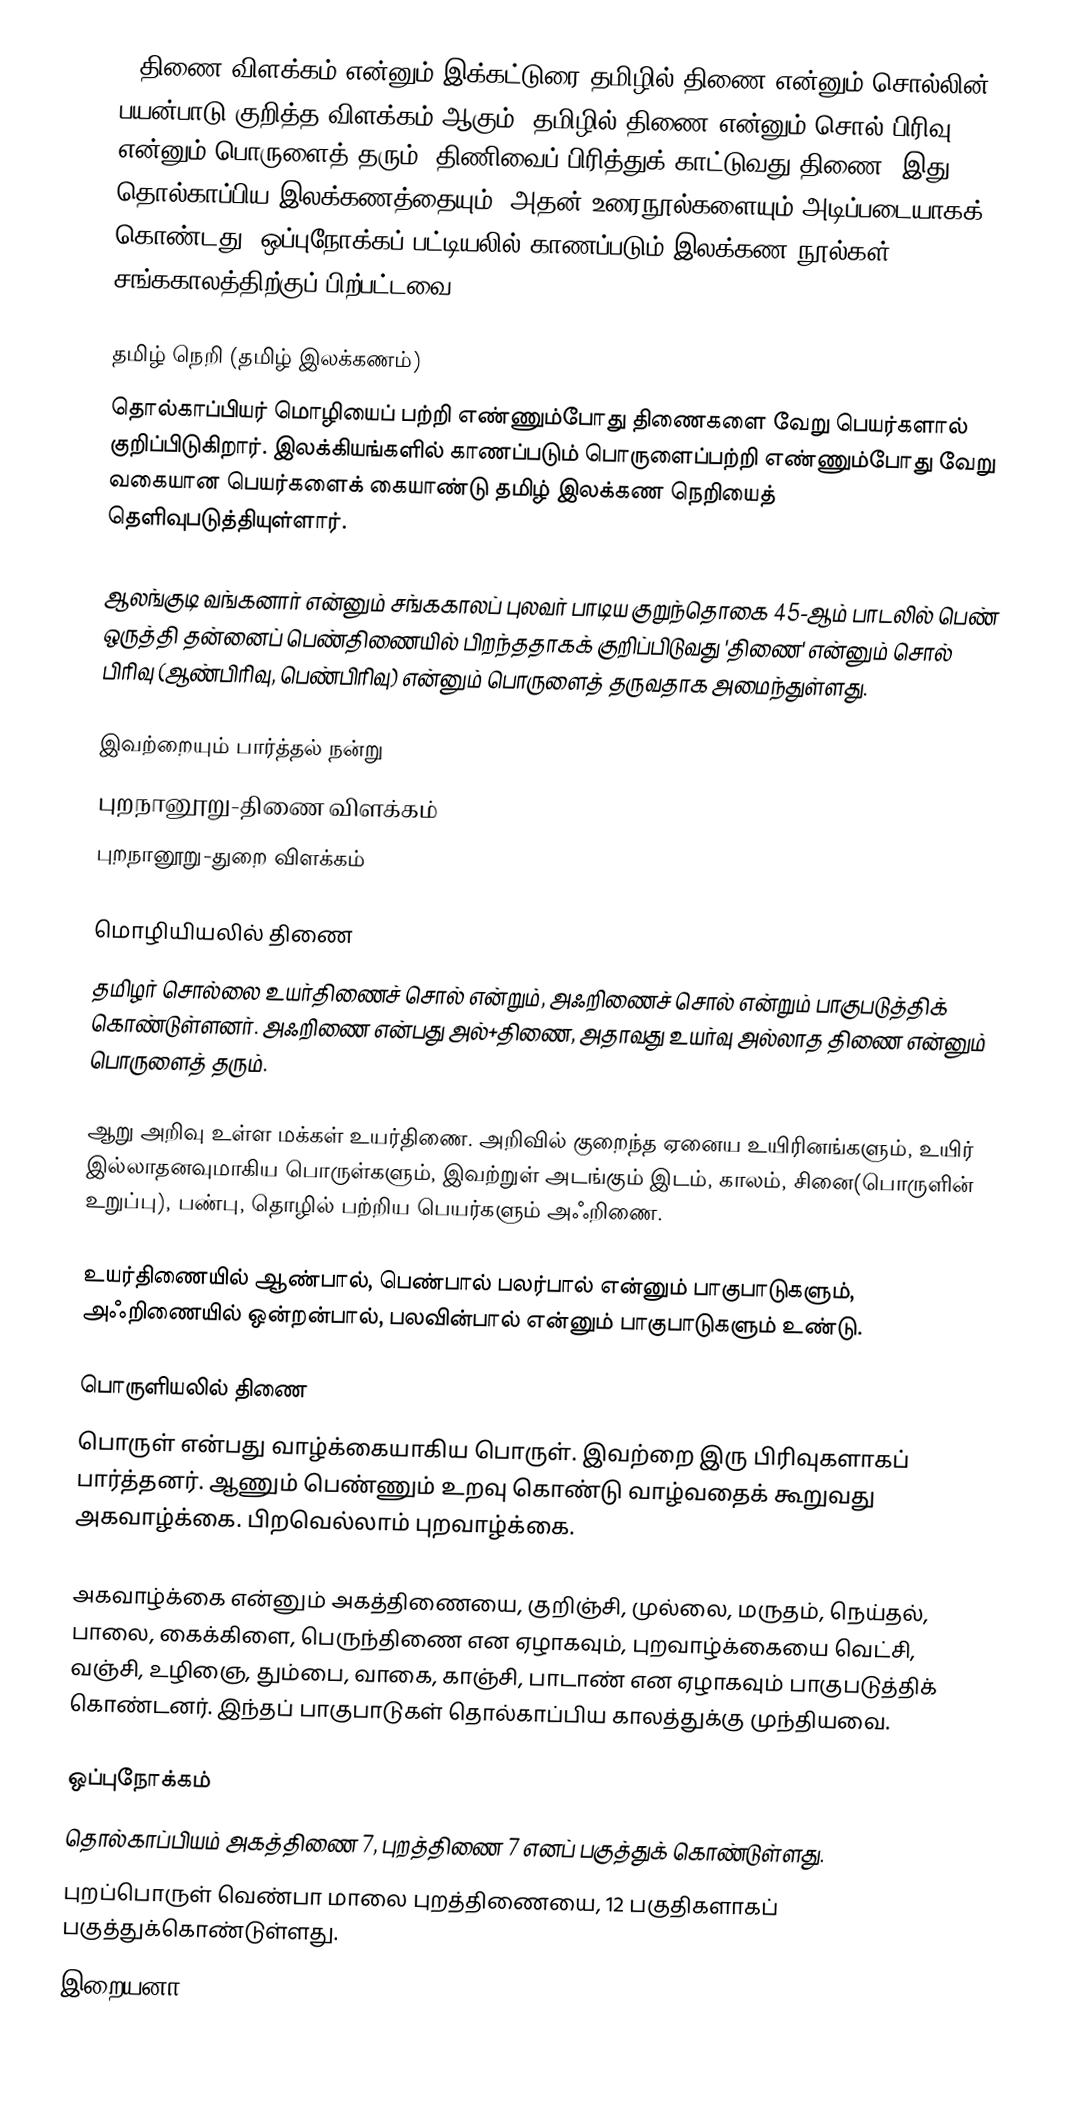
''திணை விளக்கம் என்னும் இக்கட்டுரை தமிழில் திணை என்னும் சொல்லின் பயன்பாடு குறித்த விளக்கம் ஆகும். தமிழில் திணை என்னும் சொல் பிரிவு என்னும் பொருளைத் தரும். திணிவைப் பிரித்துக் காட்டுவது திணை. இது தொல்காப்பிய இலக்கணத்தையும், அதன் உரைநூல்களையும் அடிப்படையாகக் கொண்டது. ஒப்புநோக்கப் பட்டியலில் காணப்படும் இலக்கண நூல்கள் சங்ககாலத்திற்குப் பிற்பட்டவை.

தமிழ் நெறி (தமிழ் இலக்கணம்)
தொல்காப்பியர் மொழியைப் பற்றி எண்ணும்போது திணைகளை வேறு பெயர்களால் குறிப்பிடுகிறார். இலக்கியங்களில் காணப்படும் பொருளைப்பற்றி எண்ணும்போது வேறு வகையான பெயர்களைக் கையாண்டு தமிழ் இலக்கண நெறியைத் தெளிவுபடுத்தியுள்ளார்.

 ஆலங்குடி வங்கனார் என்னும் சங்ககாலப் புலவர் பாடிய குறுந்தொகை 45-ஆம் பாடலில் பெண் ஒருத்தி தன்னைப் பெண்திணையில் பிறந்ததாகக் குறிப்பிடுவது 'திணை' என்னும் சொல் பிரிவு (ஆண்பிரிவு, பெண்பிரிவு) என்னும்  பொருளைத் தருவதாக அமைந்துள்ளது.

இவற்றையும் பார்த்தல் நன்று
 புறநானூறு-திணை விளக்கம்
 புறநானூறு-துறை விளக்கம்

மொழியியலில் திணை
தமிழர் சொல்லை உயர்திணைச் சொல் என்றும், அஃறிணைச் சொல் என்றும் பாகுபடுத்திக் கொண்டுள்ளனர். அஃறிணை என்பது அல்+திணை, அதாவது உயர்வு அல்லாத திணை என்னும் பொருளைத் தரும்.

ஆறு அறிவு உள்ள மக்கள் உயர்திணை. அறிவில் குறைந்த ஏனைய உயிரினங்களும், உயிர் இல்லாதனவுமாகிய பொருள்களும், இவற்றுள் அடங்கும் இடம், காலம், சினை(பொருளின் உறுப்பு), பண்பு, தொழில் பற்றிய பெயர்களும் அஃறிணை.

உயர்திணையில் ஆண்பால், பெண்பால் பலர்பால் என்னும் பாகுபாடுகளும், அஃறிணையில் ஒன்றன்பால், பலவின்பால் என்னும் பாகுபாடுகளும் உண்டு.

பொருளியலில் திணை
பொருள் என்பது வாழ்க்கையாகிய பொருள். இவற்றை இரு பிரிவுகளாகப் பார்த்தனர். ஆணும் பெண்ணும் உறவு கொண்டு வாழ்வதைக் கூறுவது அகவாழ்க்கை. பிறவெல்லாம் புறவாழ்க்கை.

அகவாழ்க்கை என்னும் அகத்திணையை, குறிஞ்சி, முல்லை, மருதம், நெய்தல், பாலை, கைக்கிளை, பெருந்திணை என ஏழாகவும், புறவாழ்க்கையை வெட்சி, வஞ்சி, உழிஞை, தும்பை, வாகை, காஞ்சி, பாடாண் என ஏழாகவும் பாகுபடுத்திக் கொண்டனர். இந்தப் பாகுபாடுகள் தொல்காப்பிய காலத்துக்கு முந்தியவை.

ஒப்புநோக்கம்
 தொல்காப்பியம் அகத்திணை 7, புறத்திணை 7 எனப் பகுத்துக் கொண்டுள்ளது.
 புறப்பொருள் வெண்பா மாலை புறத்திணையை, 12 பகுதிகளாகப் பகுத்துக்கொண்டுள்ளது.
 இறையனா